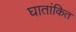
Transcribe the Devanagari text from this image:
घातांकित